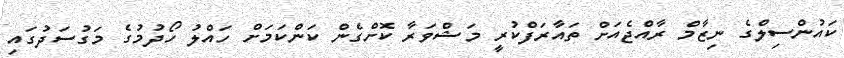
ކައުންސިލްގެ ނިޒާމް ރާއްޖެއަށް ތައާރަފްކުރީ މަޝްވަރާ ކޮށްގެން ކަންކަމަށް ހައްލު ހޯދުމުގެ މަގުސަދުގައި